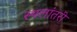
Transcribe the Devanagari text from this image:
स्थलांतरी